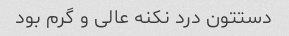
دستتون درد نکنه عالی و گرم بود